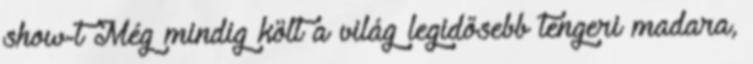
show-t Még mindig költ a világ legidősebb tengeri madara,